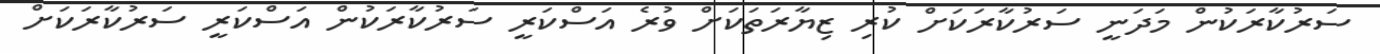
ސަރުކާރަކުން މަދަނީ ސަރުކާރަކަށް ކުރި ޒިޔާރަތަކަށް ވުރެ އަސްކަރީ ސަރުކާރަކުން އަސްކަރީ ސަރުކާރަކަށް